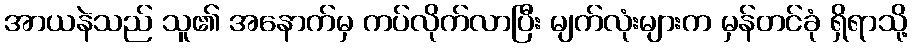
အာယနဲသည် သူ၏ အနောက်မှ ကပ်လိုက်လာပြီး မျက်လုံးများက မှန်တင်ခုံ ရှိရာသို့